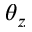
\theta _ { z }